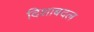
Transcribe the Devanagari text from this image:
दिशाबदल